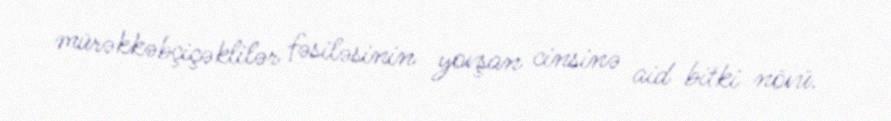
mürəkkəbçiçəklilər fəsiləsinin yovşan cinsinə aid bitki növü.